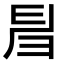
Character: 𢑚